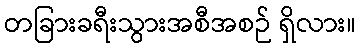
တခြားခရီးသွားအစီအစဉ် ရှိလား။